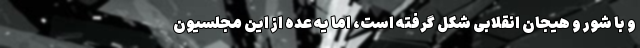
و با شور و هیجان انقلابی شکل گرفته است، اما یه عده از این مجلسیون